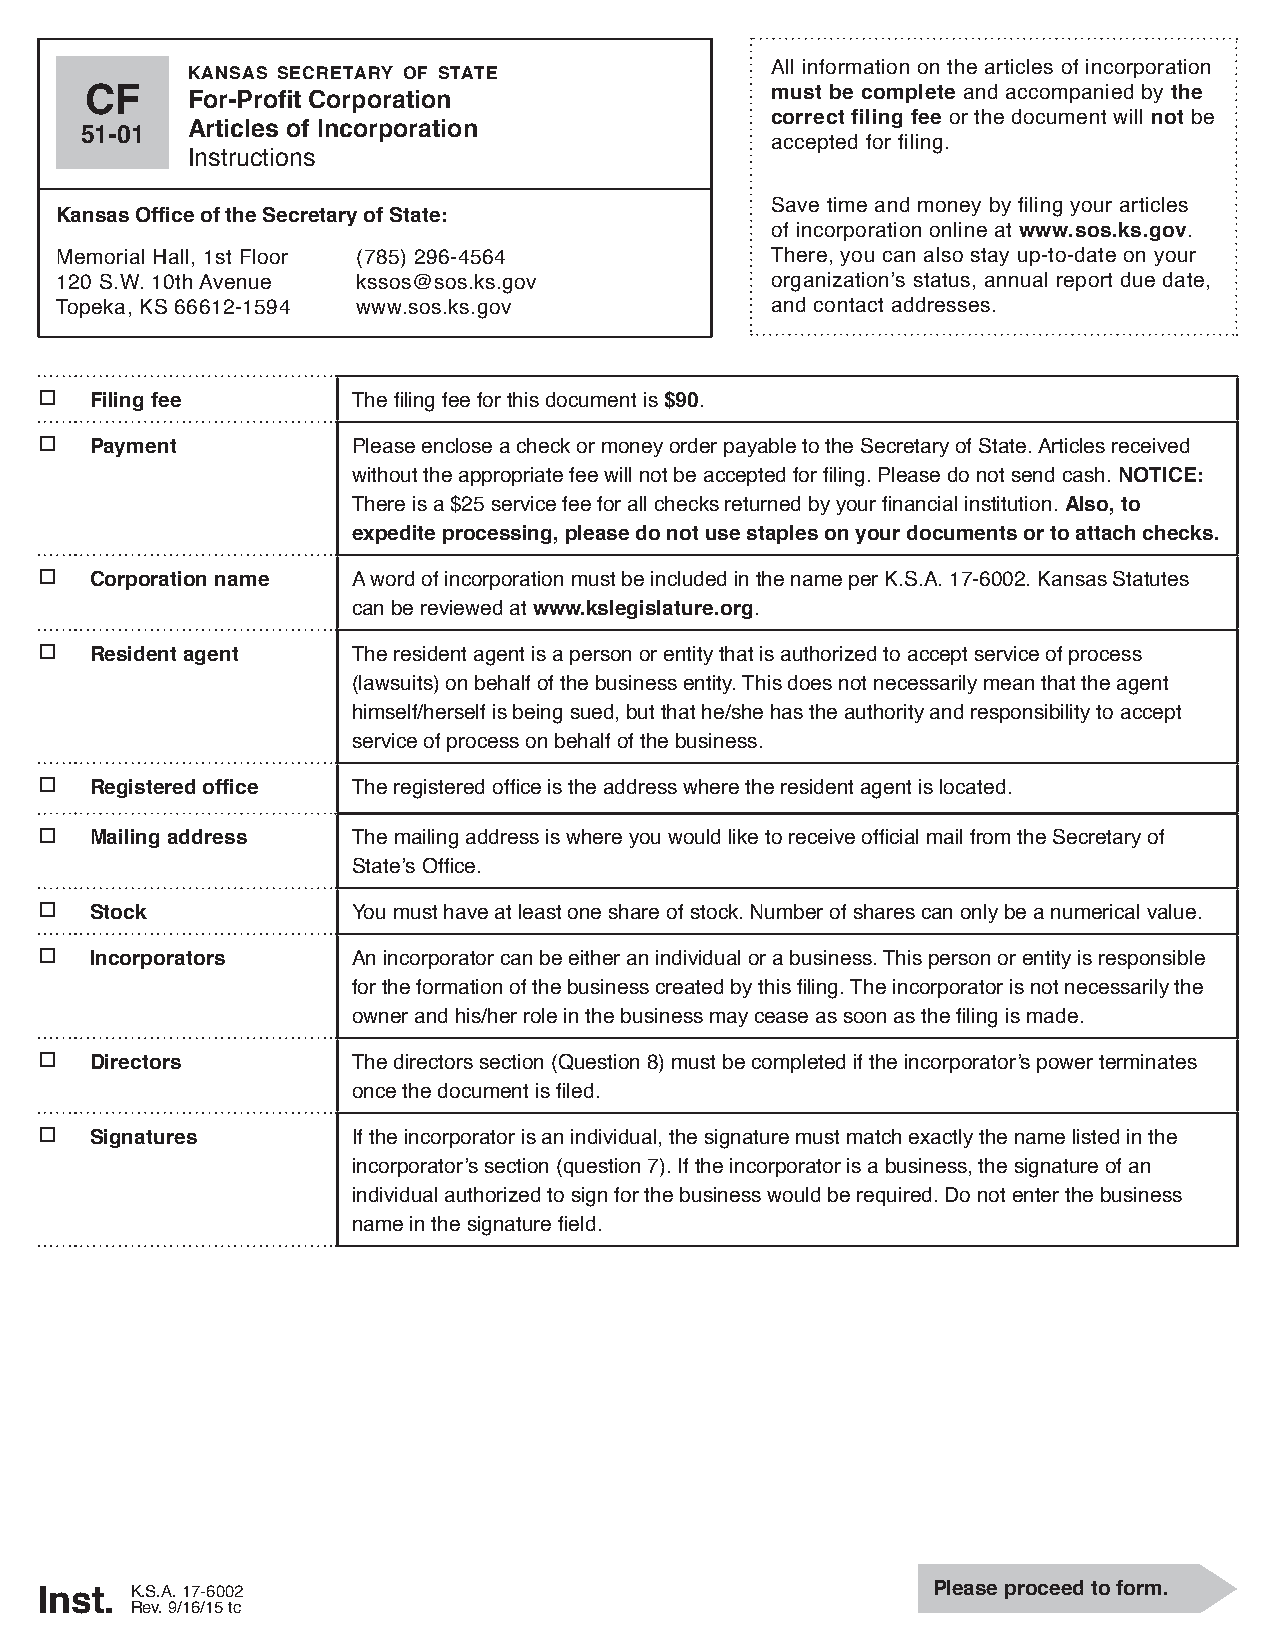
kansas secretary of state
 All information on the articles of incorporation
 CF    For-Profit Corporation                 must be complete and accompanied by the
 correct filing fee or the document will not be
 51-01  Articles of Incorporation
 accepted for filing.
 Instructions
 Save time and money by filing your articles
 Kansas Office of the Secretary of State:
 of incorporation online at www.sos.ks.gov.
 Memorial Hall, 1st Floor (785) 296-4564        There, you can also stay up-to-date on your
 120 S.W. 10th Avenue kssos@sos.ks.gov          organization’s status, annual report due date,
 Topeka, KS 66612-1594 www.sos.ks.gov           and contact addresses.
 o
 Filing fee       The filing fee for this document is $90.
 o
 Payment          Please enclose a check or money order payable to the Secretary of State. Articles received
 without the appropriate fee will not be accepted for filing. Please do not send cash. NOTICE:
 There is a $25 service fee for all checks returned by your financial institution. Also, to
 expedite processing, please do not use staples on your documents or to attach checks.
 o
 Corporation name A word of incorporation must be included in the name per K.S.A. 17-6002. Kansas Statutes
 can be reviewed at www.kslegislature.org.
 o
 Resident agent   The resident agent is a person or entity that is authorized to accept service of process
 (lawsuits) on behalf of the business entity. This does not necessarily mean that the agent
 himself/herself is being sued, but that he/she has the authority and responsibility to accept
 service of process on behalf of the business.
 o
 Registered office The registered office is the address where the resident agent is located.
 o
 Mailing address  The mailing address is where you would like to receive official mail from the Secretary of
 State’s Office.
 o
 Stock            You must have at least one share of stock. Number of shares can only be a numerical value.
 o
 Incorporators    An incorporator can be either an individual or a business. This person or entity is responsible
 for the formation of the business created by this filing. The incorporator is not necessarily the
 owner and his/her role in the business may cease as soon as the filing is made.
 o
 Directors        The directors section (Question 8) must be completed if the incorporator’s power terminates
 once the document is filed.
 o
 Signatures       If the incorporator is an individual, the signature must match exactly the name listed in the
 incorporator’s section (question 7). If the incorporator is a business, the signature of an
 individual authorized to sign for the business would be required. Do not enter the business
 name in the signature field.
 Inst.  K.S.A. 17-6002                                       Please proceed to form.
 Rev. 9/16/15 tc